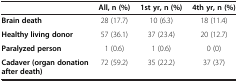
|  | All, n (%) | 1st yr, n (%) | 4th yr, n (%) |
 | --- | --- | --- | --- |
 | Brain death | 28 (17.7) | 10 (6.3) | 18 (11.4) |
 | Healthy living donor | 57 (36.1) | 37 (23.4) | 20 (12.7) |
 | Paralyzed person | 1 (0.6) | 1 (0.6) | 0 (0) |
 | Cadaver (organ donation after death) | 72 (59.2) | 35 (22.2) | 37 (37) |